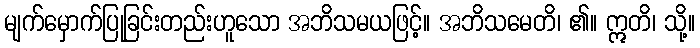
မျက်မှောက်ပြုခြင်းတည်းဟူသော အဘိသမယဖြင့်။ အဘိသမေတိ၊ ၏။ ဣတိ၊ သို့။